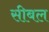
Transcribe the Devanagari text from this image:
सीबल